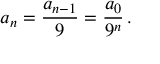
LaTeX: a _ { n } = { \frac { a _ { n - 1 } } { 9 } } = { \frac { a _ { 0 } } { 9 ^ { n } } } \, .